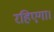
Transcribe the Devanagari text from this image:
रहिएगा।